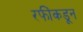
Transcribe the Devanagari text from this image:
रफींकडून